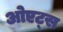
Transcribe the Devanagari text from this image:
ओएट्स